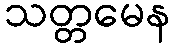
သတ္တမေန